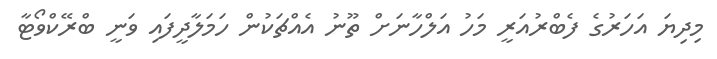
މިދިޔަ އަހަރުގެ ފެބްރުއަރީ މަހު އަލްހާނަށް ތޫނު އެއްޗަކުން ހަމަލާދީފައި ވަނީ ބްރޭކްވޯޓާ